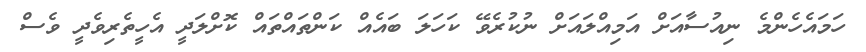
ހަމައެހެންމެ ނިއުސާއަށް އަމިއްލައަށް ނުކުރެވޭ ކަހަލަ ބައެއް ކަންތައްތައް ކޮށްލަދީ އެހީތެރިވެދީ ވެސް